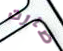
صارت